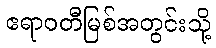
ဧရာဝတီမြစ်အတွင်းသို့